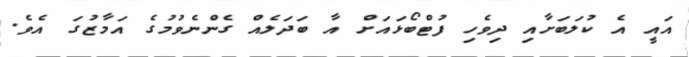
އައީ އެ ކުލަބަށާއި ދިވެހި ފުޓްބޯޅައަށް އާ ބަދަލެއް ގެންނެވުމުގެ އަމާޒުގަ އެވެ.